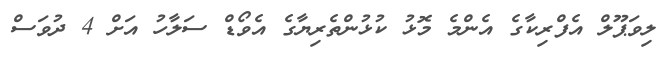
ލިވަޕޫލް އެފްރިކާގެ އެންމެ މޮޅު ކުޅުންތެރިޔާގެ އެވޯޑް ސަލާހު އަށް 4 ދުވަސް